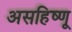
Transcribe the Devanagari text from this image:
असहिष्णू